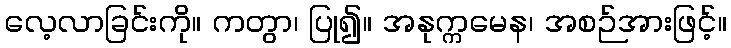
လေ့လာခြင်းကို။ ကတွာ၊ ပြု၍။ အနုက္ကမေန၊ အစဉ်အားဖြင့်။